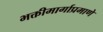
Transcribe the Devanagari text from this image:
भक्तीमार्गाप्रमाणे